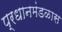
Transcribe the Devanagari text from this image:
प्रधानमंडळास